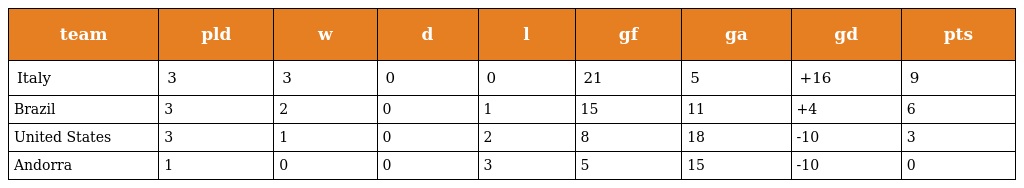
| team | pld | w | d | l | gf | ga | gd | pts |
 | --- | --- | --- | --- | --- | --- | --- | --- | --- |
 | Italy | 3 | 3 | 0 | 0 | 21 | 5 | +16 | 9 |
 | Brazil | 3 | 2 | 0 | 1 | 15 | 11 | +4 | 6 |
 | United States | 3 | 1 | 0 | 2 | 8 | 18 | -10 | 3 |
 | Andorra | 1 | 0 | 0 | 3 | 5 | 15 | -10 | 0 |